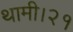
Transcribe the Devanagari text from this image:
थामी।२१